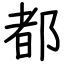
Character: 都